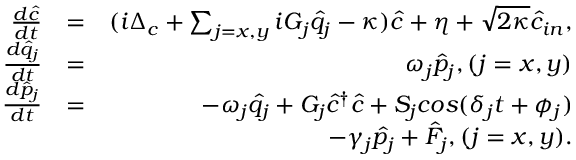
\begin{array} { r l r } { \frac { d \hat { c } } { d t } } & { = } & { ( i \Delta _ { c } + \sum _ { j = x , y } i G _ { j } \hat { q } _ { j } - \kappa ) \hat { c } + \eta + \sqrt { 2 \kappa } \hat { c } _ { i n } , } \\ { \frac { d \hat { q } _ { j } } { d t } } & { = } & { \omega _ { j } \hat { p } _ { j } , ( j = x , y ) } \\ { \frac { d \hat { p } _ { j } } { d t } } & { = } & { - \omega _ { j } \hat { q } _ { j } + G _ { j } \hat { c } ^ { \dag } \hat { c } + S _ { j } c o s ( \delta _ { j } t + \phi _ { j } ) } \\ & { } & { - \gamma _ { j } \hat { p _ { j } } + \hat { F } _ { j } , ( j = x , y ) . } \end{array}